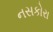
નસકોરા